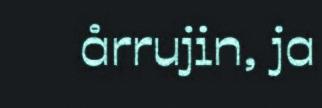
årrujin, ja